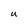
Character: U